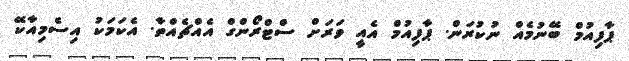
ޕާފިއުމް ބޭނުމެއް ނުކުރަން. ޕާފިއުމް އެއީ ވަރަށް ސްޓްރޯންގް އެއްޗެއްތާ. އެކަމަކު އިސެމިއާކޭ